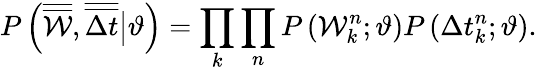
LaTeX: P\left(\overline{{\overline{{\mathcal{W}}}}},\overline{{\overline{{\Delta t}}}}\big|\vartheta\right)=\prod_{k}\prod_{n}P\left(\mathcal{W}_{k}^{n};\vartheta\right)P\left(\Delta t_{k}^{n};\vartheta\right).